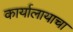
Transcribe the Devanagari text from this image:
कार्यालायाचा